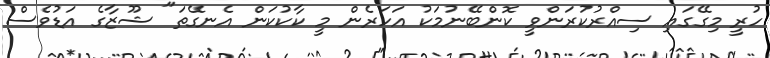
ހުރީ މިގޭގައި ސިއްރުކުރަންވީ ކޮންބޭނުމަކު އަހަރެން މީ ކާކުކަން އެނގޭތަ" ޝޫޒާގެ އަޑުވެސް